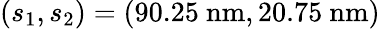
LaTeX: (s_{1},s_{2})=(90.25\ \mathrm{nm},20.75\ \mathrm{nm})